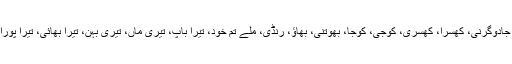
”چڑیل، جادوگرنی، کھسرا، کھسری، کوجی، کوجا، بھوتنی، بھاﺅ، رنڈی، ملے تم خود، تیرا باپ، تیری ماں، تیری بہن، تیرا بھائی، تیرا پورا خاندان!